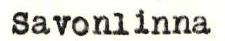
Savonlinna